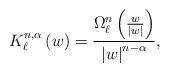
LaTeX: \begin{align*}K_{\ell }^{n,\alpha }\left( w\right) =\frac{\Omega _{\ell }^{n}\left( \frac{w}{\left\vert w\right\vert }\right) }{\left\vert w\right\vert ^{n-\alpha }},\end{align*}